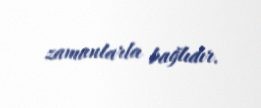
zamanlarla bağlıdır.